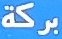
بركة